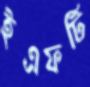
ইএফটি